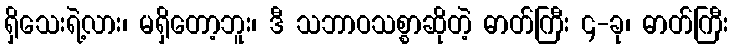
ရှိသေးရဲ့လား၊ မရှိတော့ဘူး၊ ဒီ သဘာဝသစ္စာဆိုတဲ့ ဓာတ်ကြီး ၄-ခု၊ ဓာတ်ကြီး